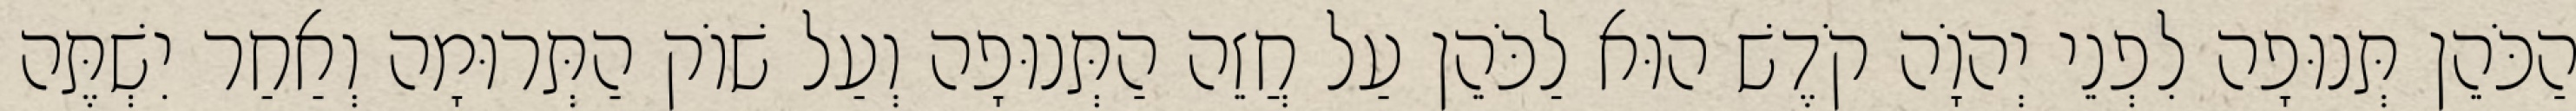
הַכֹּהֵן תְּנוּפָה לִפְנֵי יְהוָֹה קֹדֶשׁ הוּא לַכֹּהֵן עַל חֲזֵה הַתְּנוּפָה וְעַל שׁוֹק הַתְּרוּמָה וְאַחַר יִשְׁתֶּה